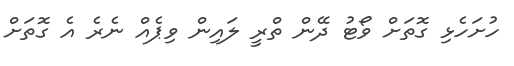
ހުށަހެޅި ގޮތަށް ވޯޓު ދޭން ތްރީ ލައިން ވިޕެއް ނެރެ އެ ގޮތަށް